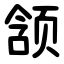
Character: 颔